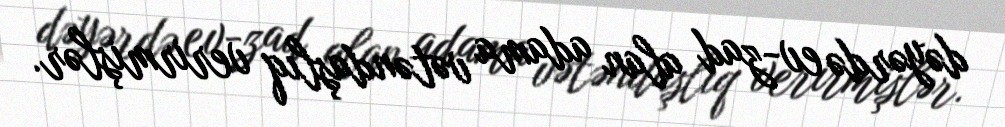
dəyərdə ev-zad alan adama vətəndaşlıq verirmişlər.